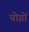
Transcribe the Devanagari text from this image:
चोग़ों